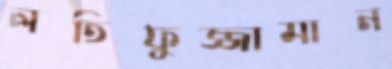
লতিফুজ্জামান